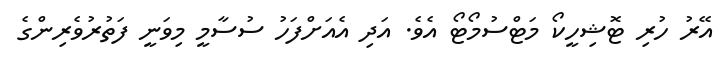
އޭރު ހުރި ޓޮޝިހީކޯ މަޓްސުމޯޓޯ އެވެ. އަދި އެއަށްފަހު ސުސާމީ މިވަނީ ފަތުރުވެރިންގެ